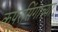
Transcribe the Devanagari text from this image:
कपूरसिंगाच्या